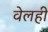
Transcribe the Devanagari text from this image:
वेलही